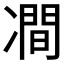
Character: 𭂠